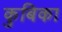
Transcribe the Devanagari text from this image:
कुबिका